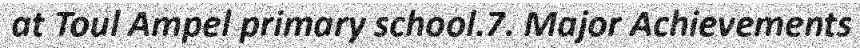
at Toul Ampel primary school.7. Major Achievements